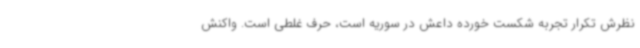
نظرش تکرار تجربه شکست خورده داعش در سوریه است، حرف غلطی است. واکنش